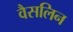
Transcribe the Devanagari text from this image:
वैसलिन